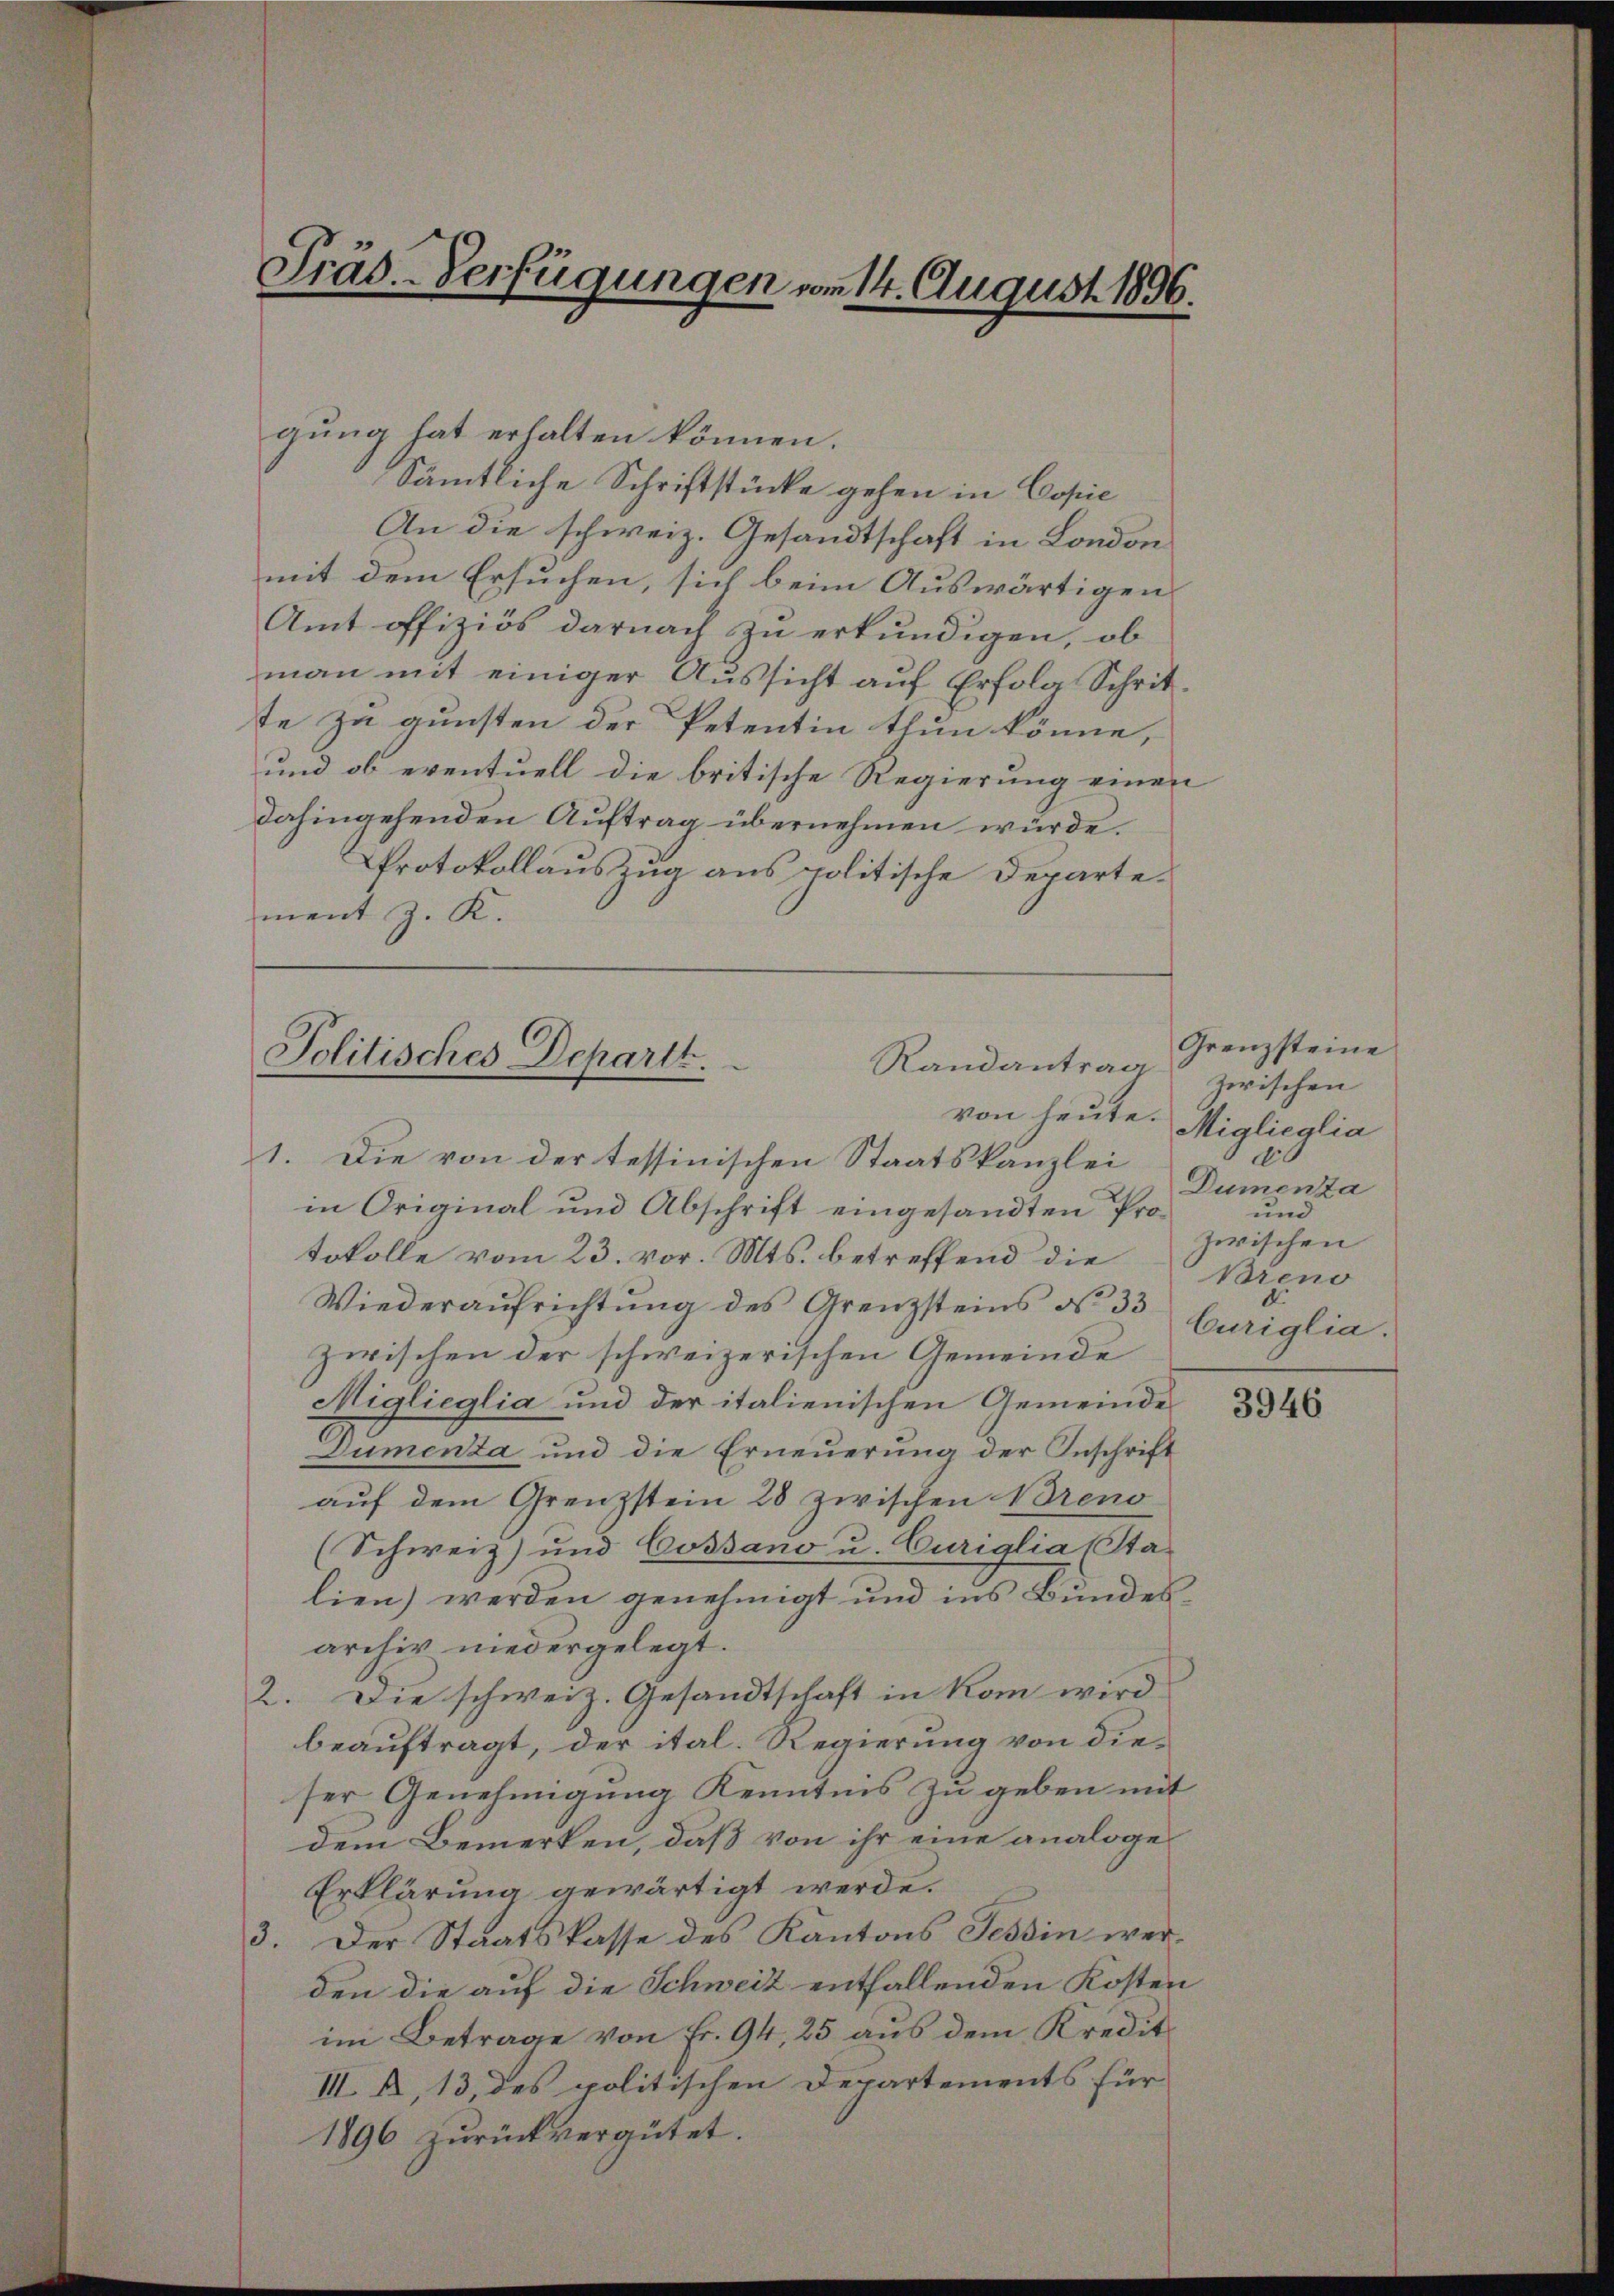
.
Prad.-Verfügungen vom 14. August 1896.

gung hat erhalten können.
Sämmtliche Schriftstücke gehen in Copie
An die schweiz. Gesandtschaft in London
mit dem Ersuchen, sich beim Auswärtigens
Amt offiziös darnach zu erkundigen, ob
man mit einiger Aussicht auf Erfolg Schritte zu gunsten der Petentin thun könne,
und ob eventuell die britische Regierung einen
dahingehenden Auftrag übernehmen würde.
Protokollauszug aus politische Departement J. K.

von heute.
1. Die von der tessinischen Staatskanzlei
in Original und Abschrift eingesandten Protokolle vom 23. vor. Mts. betreffend die
Wiederaŭfrichtŭng des Grenzsteins No 33
zwischen der schweizerischen Gemeinde
Miglieglia und der italienischen Gemeinde¬
Dumenta und die Erneuerung der Anschrift
auf dem Grenzstein 28 zwischen Breno
(Schweiz) und Cossano u. Curiglia (Sta-
lien) werden genehmigt und ins Bundesarchiv niedergelegt.
2. Die schweiz. Gesandtschaft in Kom wird
beauftragt, der ital. Regierung von dieser Genehmigung Kenntnis zu geben mit
dem Bemerken, daß von ihr eine analoge¬
Erklärung gewärtigt werde.
3. Der Staatskasse des Kantons Tessin werden die auf die Schweiz entfallenden Kosten
im Betrage von Fr. 94, 25 aus dem Kredit¬
III. A. 13, des politischen Departements für
1896 zurückvergütet.

Politisches Departt.
Randantrag

Grenzsteine
zwischen
Miglieglia
e
Dumenza
und
zwischen
Breno
Curiglia.

3946